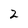
Character: 2